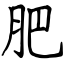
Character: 肥